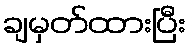
ချမှတ်ထားပြီး